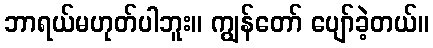
ဘာရယ်မဟုတ်ပါဘူး။ ကျွန်တော် ပျော်ခဲ့တယ်။